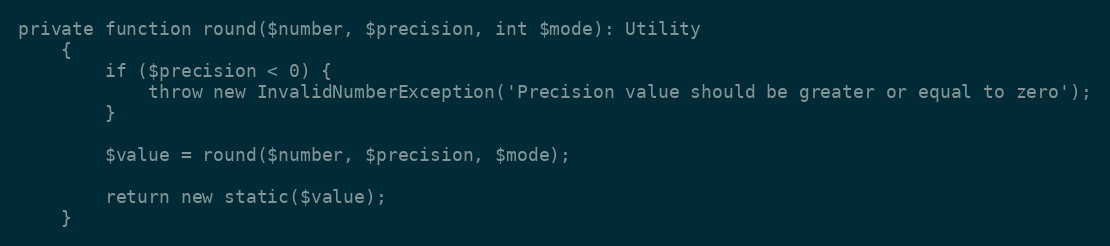
Language: PHP
private function round($number, $precision, int $mode): Utility
    {
        if ($precision < 0) {
            throw new InvalidNumberException('Precision value should be greater or equal to zero');
        }

        $value = round($number, $precision, $mode);

        return new static($value);
    }